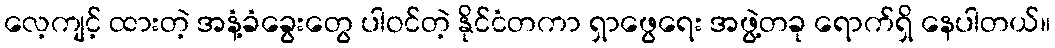
လေ့ကျင့် ထားတဲ့ အနံ့ခံခွေးတွေ ပါဝင်တဲ့ နိုင်ငံတကာ ရှာဖွေရေး အဖွဲ့တခု ရောက်ရှိ နေပါတယ်။